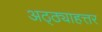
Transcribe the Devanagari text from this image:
अठ्ठ्याहत्तर